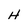
Character: H